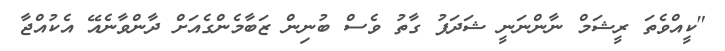
"ކީއްވެތަ ރީޝަމް ނާންނަނީ ޝަދަފު ގާތު ވެސް ބުނިން ޒަބާމެންގެއަށް ދާންވާނެއޭ އެކުއްޖާ